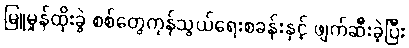
မြူမှုန်ထိုးခွဲ စစ်တွေကုန်သွယ်ရေးစခန်းနှင့် ဖျက်ဆီးခဲ့ပြီး